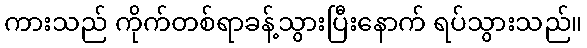
ကားသည် ကိုက်တစ်ရာခန့်သွားပြီးနောက် ရပ်သွားသည်။